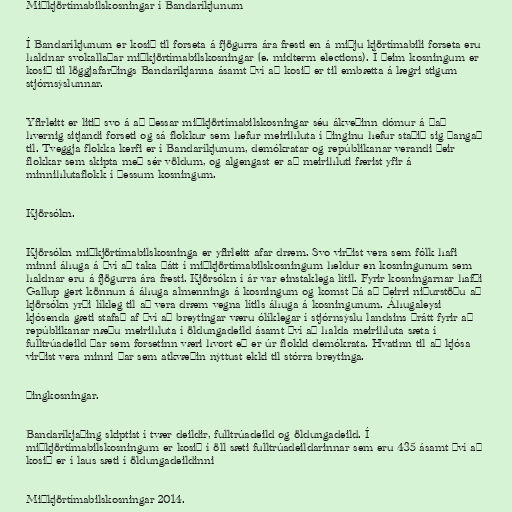
Miðkjörtímabilskosningar í Bandaríkjunum

Í Bandaríkjunum er kosið til forseta á fjögurra ára fresti en á miðju kjörtímabili forseta eru
haldnar svokallaðar miðkjörtímabilskosningar (e. midterm elections). Í þeim kosningum er
kosið til löggjafarþings Bandaríkjanna ásamt því að kosið er til embætta á lægri stigum
stjórnsýslunnar.

Yfirleitt er litið svo á að þessar miðkjörtímabilskosningar séu ákveðinn dómur á það
hvernig sitjandi forseti og sá flokkur sem hefur meirihluta í þinginu hefur staðið sig þangað
til. Tveggja flokka kerfi er í Bandaríkjunum, demókratar og repúblikanar verandi þeir
flokkar sem skipta með sér völdum, og algengast er að meirihluti færist yfir á
minnihlutaflokk í þessum kosningum.

Kjörsókn.

Kjörsókn miðkjörtímabilskosninga er yfirleitt afar dræm. Svo virðist vera sem fólk hafi
minni áhuga á því að taka þátt í miðkjörtímabilskosningum heldur en kosningunum sem
haldnar eru á fjögurra ára fresti. Kjörsókn í ár var einstaklega lítil. Fyrir kosningarnar hafði
Gallup gert könnun á áhuga almennings á kosningum og komst þá að þeirri niðurstöðu að
kjörsókn yrði líkleg til að vera dræm vegna lítils áhuga á kosningunum. Áhugaleysi
kjósenda gæti stafað af því að breytingar væru ólíklegar í stjórnsýslu landsins þrátt fyrir að
repúblikanar næðu meirihluta í öldungadeild ásamt því að halda meirihluta sæta í
fulltrúadeild þar sem forsetinn væri hvort eð er úr flokki demókrata. Hvatinn til að kjósa
virðist vera minni þar sem atkvæðin nýttust ekki til stórra breytinga.

Þingkosningar.

Bandaríkjaþing skiptist í tvær deildir, fulltrúadeild og öldungadeild. Í
miðkjörtímabilskosningum er kosið í öll sæti fulltrúadeildarinnar sem eru 435 ásamt því að
kosið er í laus sæti í öldungadeildinni

Miðkjörtímabilskosningar 2014.